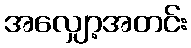
အလျှော့အတင်း